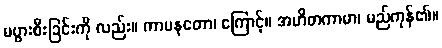
မပွားစီးခြင်းကို လည်း။ ကာမနတော၊ ကြောင့်။ အဟိတကာမာ၊ မည်ကုန်၏။